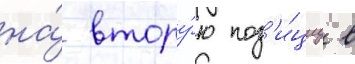
на́ втору́ю поз'и́циу в